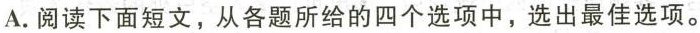
A.阅读下面短文,从各题所给的四个选项中,选出最佳选项。